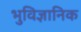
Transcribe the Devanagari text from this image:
भुविज्ञानिक